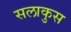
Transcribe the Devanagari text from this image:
सलाकुस